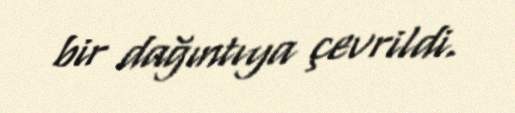
bir dağıntıya çevrildi.